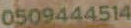
0509444514